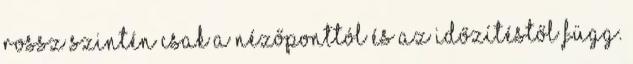
rossz szintén csak a nézőponttól és az időzítéstől függ.